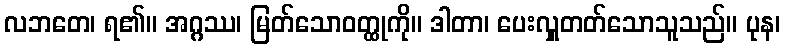
လဘတေ၊ ရ၏။ အဂ္ဂဿ၊ မြတ်သောဝတ္ထုကို။ ဒါတာ၊ ပေးလှူတတ်သောသူသည်။ ပုန၊